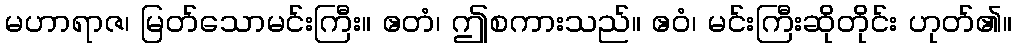
မဟာရာဇ၊ မြတ်သောမင်းကြီး။ ဧတံ၊ ဤစကားသည်။ ဧဝံ၊ မင်းကြီးဆိုတိုင်း ဟုတ်၏။